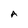
Character: A